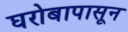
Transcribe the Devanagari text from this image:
घरोबापासून